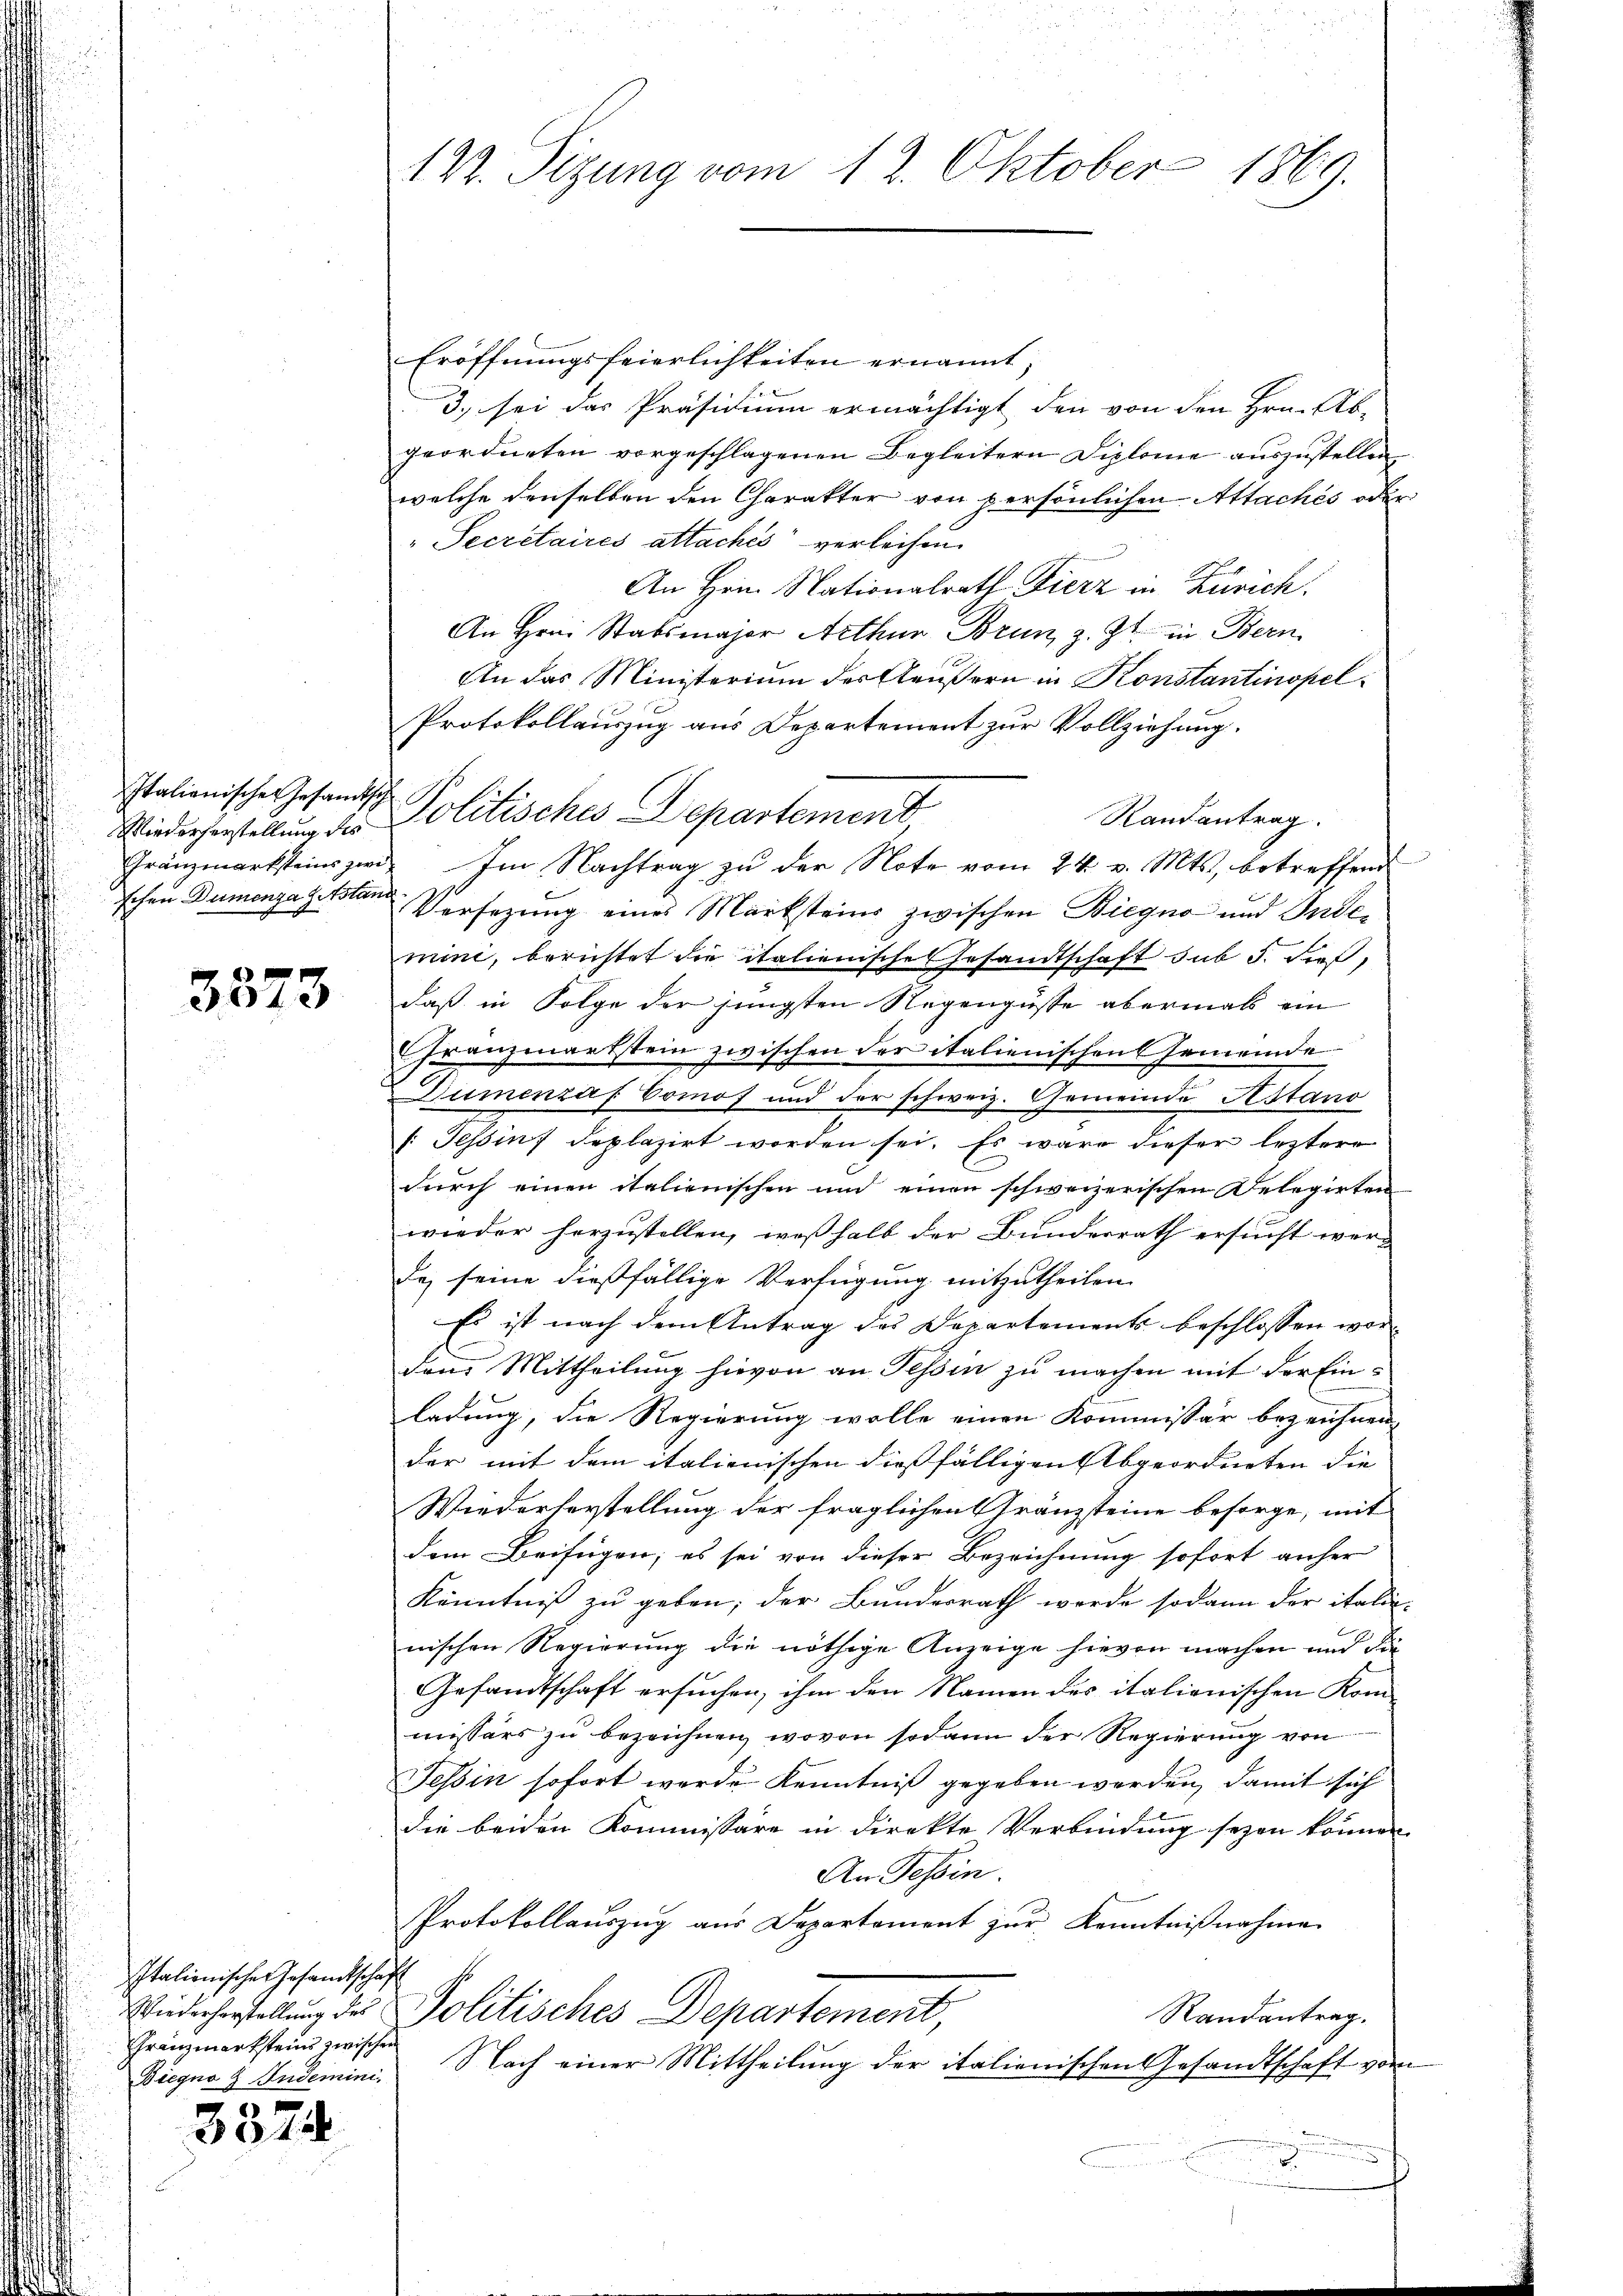
Italienischen Gesandtisch
schen Dummenza Gitstand

3373

Italienischen Gesandtschaft
Franzmarksteins zwischen
Biegno § Indemini.

3324

122. Sizung vom 12. Oktober 1869.

Eröffnungsfeierlichkeiten ernannt.
3. sei das Präsidium ermächtigt den von den Hrn. Ab-
geordneten vorgeschlagenen Begleitern Diplome auszustellen
welche denselben den Charakter von persönlichen Attachés oder
" Secretaires attaches verleihen.
An Hrn. Nationalrath Fierz in Zürich.
An Hrn. Stabsmajor Arthur Brun, z. Zt. in Bern
An das Ministerium der Aeußern in Konstantinopel¬
Protokollauszug aus Departement zur Vollziehung.
Randantrag.
Gränzmarksteins zwei. Im Nachtrag zu der Note vom 24. v. Mts., betreffend
Versezung eines Marksteins zwischen Biegno und Intemini, berichtet die italienische Gesandtschaft sub 5. dieß,
daß in Folge der jüngsten Regengüsse abermals ein
Franzmarkstein zwischen der italienischen Gemeinde
Dumenzaf Comof und der schweiz. Gemeinde Astano
f: Tessin, deplazirt worden sei. Es wäre dieser leztere
durch einen italienischen und einen schweizerischen Delegirten
wieder herzustellen, weßhalb der Bunderrath ersucht werde, seine dießfällige Verfügung mitzutheilen.
Es ist nach dem Antrag des Departements beschlossen wor-
den Mittheilung hievon an Tessin zu machen mit der Einladung, die Regierung wolle einen Kommissär bezeichnen.
der mit dem italienischen dießfälligen Abgeordneten die
Wiederherstellung der fraglichen Gränzsteine besorge, mit
dem Beifügen; es sei von dieser Bezeichnung sofort anher
Könntniß zu geben; der Bundesrath werde sodann der italie
nischen Regierung die nöthige Anzeige hievon machen und die
Gesandtschaft ersuchen, ihm den Namen des italionischen Kom-
missärs zu bezeichnen, wovon sodann der Regierung von
Tessin sofort werde Kenntniß gegeben werden, damit sich
die beiden Kommissäre in direkte Verbindung seyen können.
An Tessin.
Protokollauszug aus Departement zur Kenntnißnahme
Wiederherstellung des Politisches Departement,
Randantrag.
Nach einer Mittheilung der italienischen Gesandtschaft vom

Wiederhorstellung des Politisches Departement